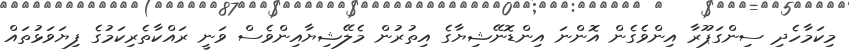
މިކަމާހެދި ސިންގަޕޫރާ އިންވެގެން އޮންނަ އިންޑޮނޭޝިޔާގެ އިތުރުން މެލޭޝިޔާއިންވެސް ވަނީ ރައްކާތެރިކަމުގެ ފިޔަވަޅުތައް